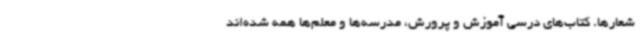
شعارها. کتاب‌های درسی آموزش و پرورش، مدرسه‌ها و معلم‌ها همه شده‌اند